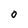
Character: O